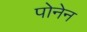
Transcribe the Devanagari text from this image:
पोनेन